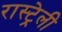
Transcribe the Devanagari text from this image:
रास्ट्रेली